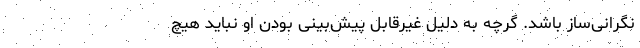
نگرانی‌ساز باشد. گرچه به دلیل غیرقابل پیش‌بینی بودن او نباید هیچ